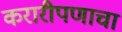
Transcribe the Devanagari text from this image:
करारीपणाचा